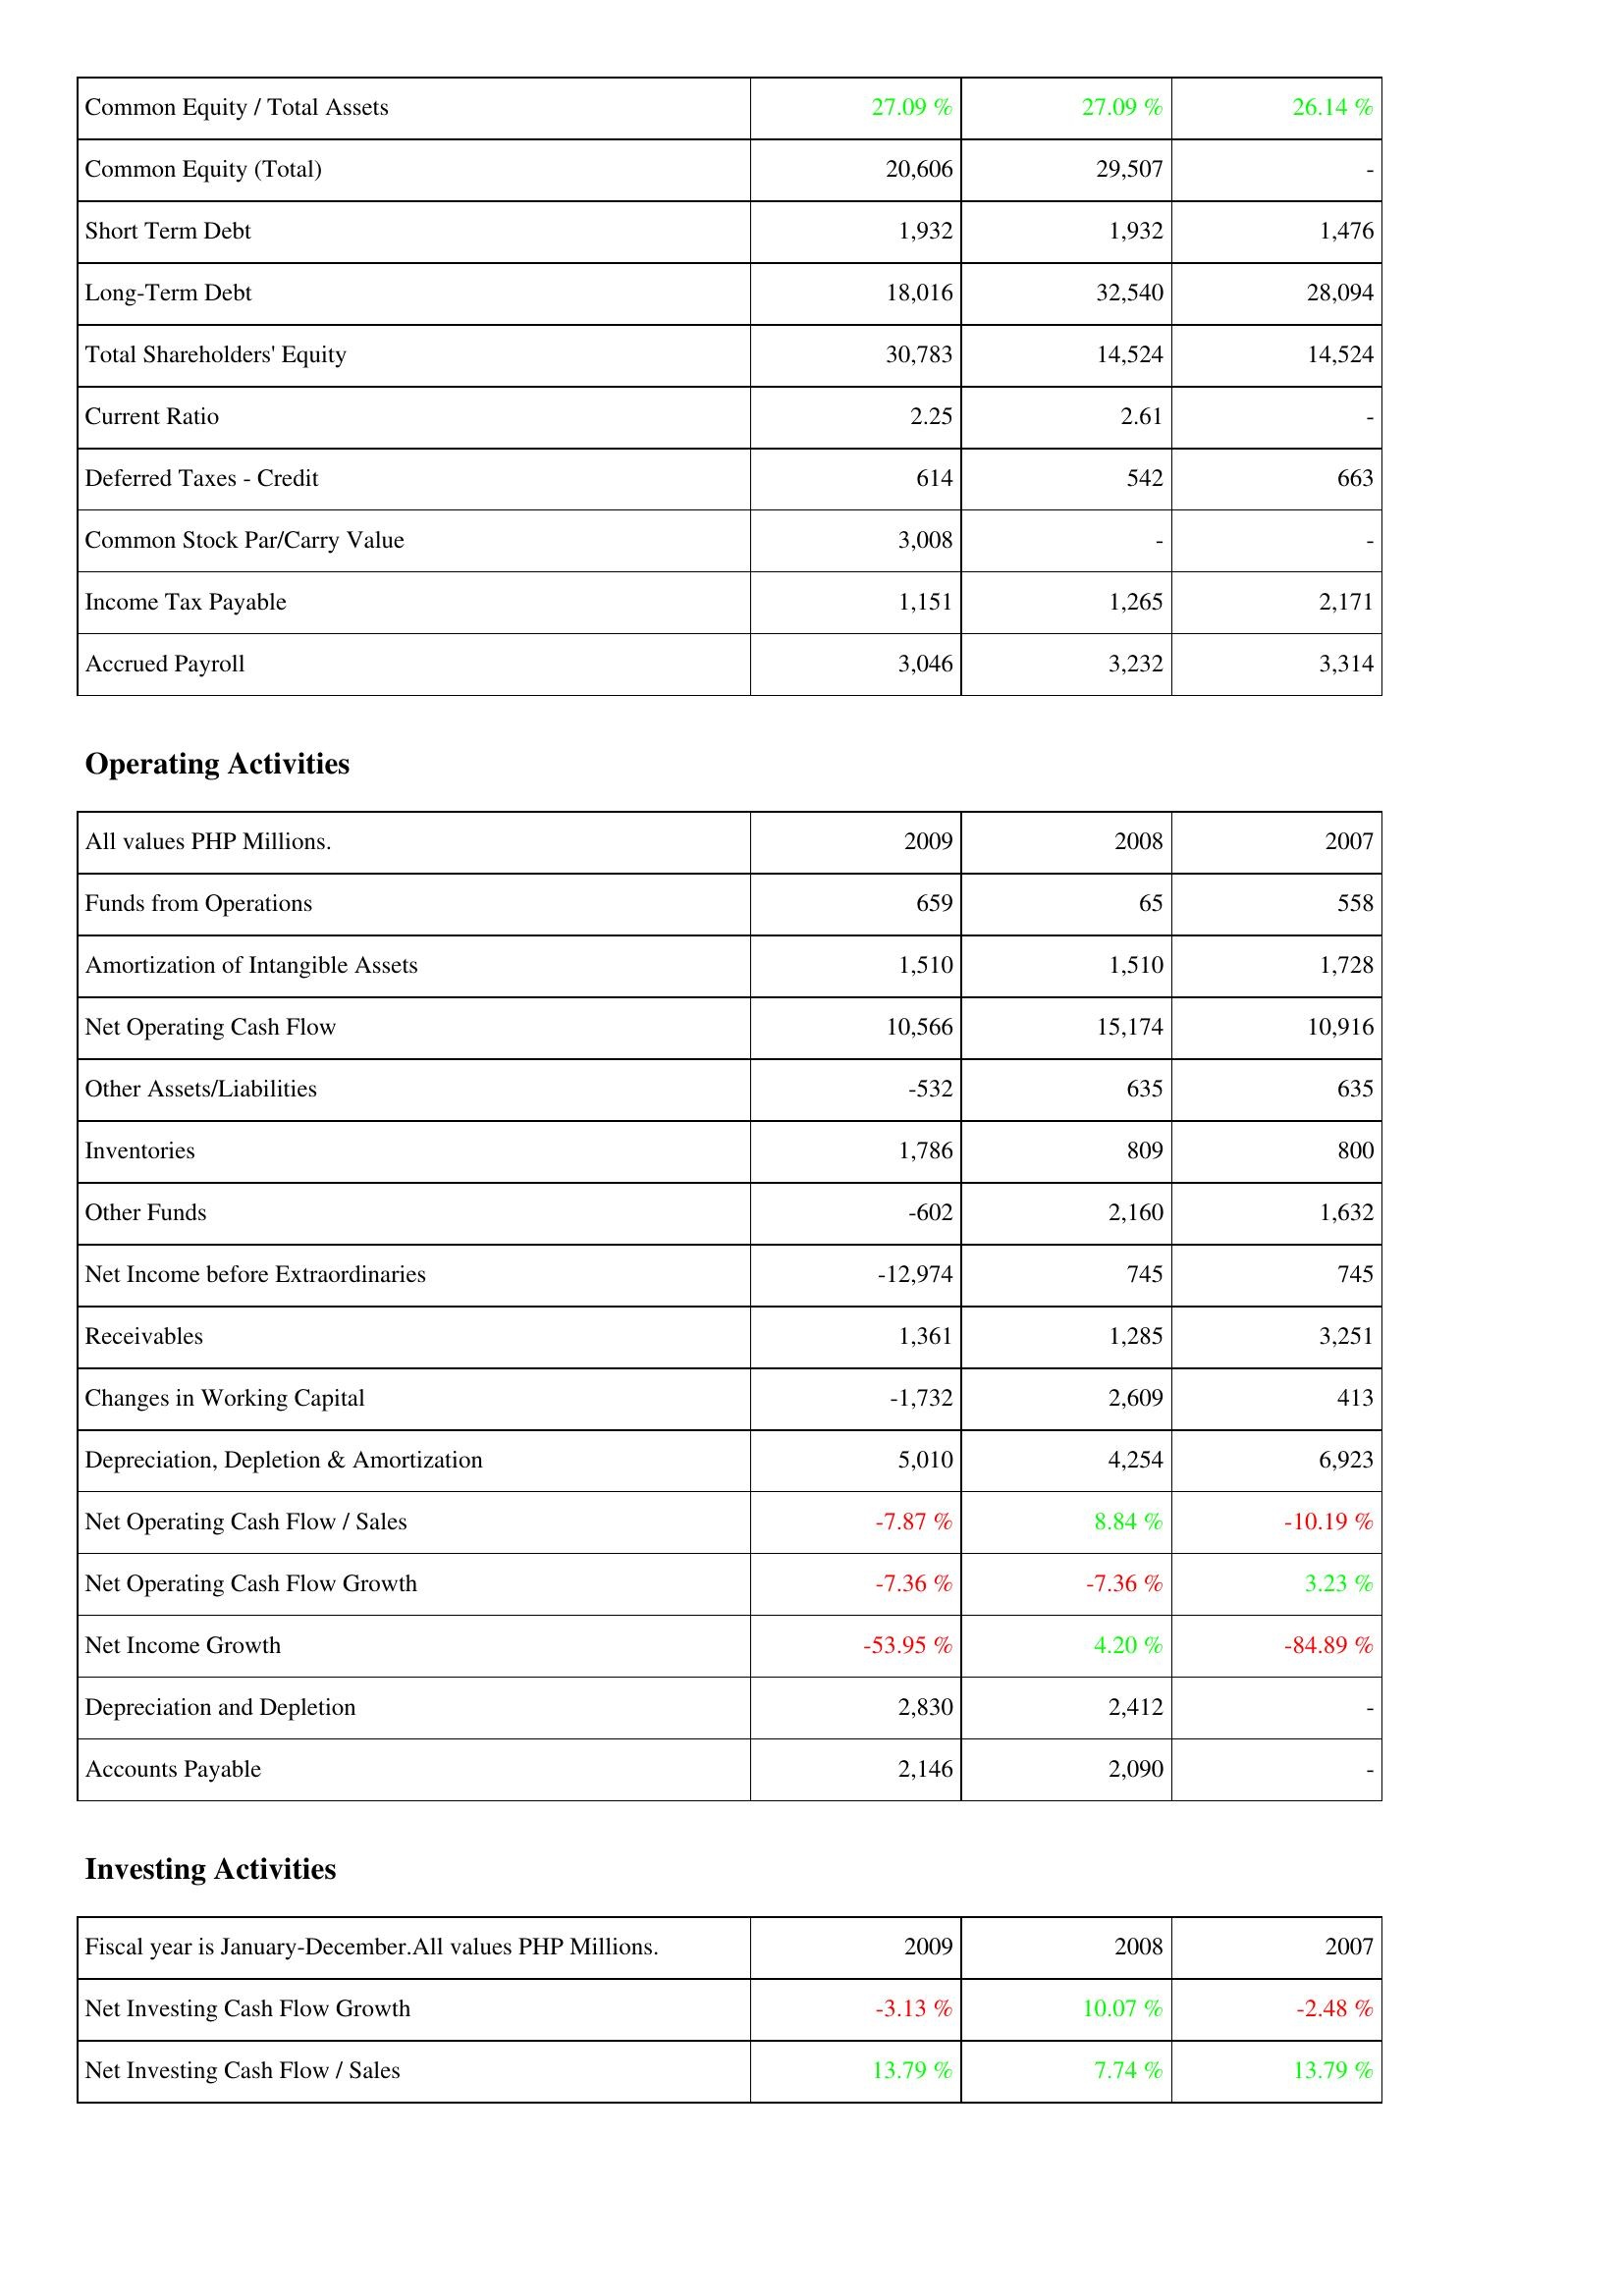
2009: Liabilities & Shareholders' Equity: Common Equity / Total Assets: 27.09 %
Common Equity (Total): 20,606
Short Term Debt: 1,932
Long-Term Debt: 18,016
Total Shareholders' Equity: 30,783
Current Ratio: 2.25
Deferred Taxes - Credit: 614
Common Stock Par/Carry Value: 3,008
Income Tax Payable: 1,151
Accrued Payroll: 3,046
Operating Activities: Funds from Operations: 659
Amortization of Intangible Assets: 1,510
Net Operating Cash Flow: 10,566
Other Assets/Liabilities: -532
Inventories: 1,786
Other Funds: -602
Net Income before Extraordinaries: -12,974
Receivables: 1,361
Changes in Working Capital: -1,732
Depreciation, Depletion & Amortization: 5,010
Net Operating Cash Flow / Sales: -7.87 %
Net Operating Cash Flow Growth: -7.36 %
Net Income Growth: -53.95 %
Depreciation and Depletion: 2,830
Accounts Payable: 2,146
Investing Activities: Net Investing Cash Flow Growth: -3.13 %
Net Investing Cash Flow / Sales: 13.79 %
2008: Liabilities & Shareholders' Equity: Common Equity / Total Assets: 27.09 %
Common Equity (Total): 29,507
Short Term Debt: 1,932
Long-Term Debt: 32,540
Total Shareholders' Equity: 14,524
Current Ratio: 2.61
Deferred Taxes - Credit: 542
Common Stock Par/Carry Value: -
Income Tax Payable: 1,265
Accrued Payroll: 3,232
Operating Activities: Funds from Operations: 65
Amortization of Intangible Assets: 1,510
Net Operating Cash Flow: 15,174
Other Assets/Liabilities: 635
Inventories: 809
Other Funds: 2,160
Net Income before Extraordinaries: 745
Receivables: 1,285
Changes in Working Capital: 2,609
Depreciation, Depletion & Amortization: 4,254
Net Operating Cash Flow / Sales: 8.84 %
Net Operating Cash Flow Growth: -7.36 %
Net Income Growth: 4.20 %
Depreciation and Depletion: 2,412
Accounts Payable: 2,090
Investing Activities: Net Investing Cash Flow Growth: 10.07 %
Net Investing Cash Flow / Sales: 7.74 %
2007: Liabilities & Shareholders' Equity: Common Equity / Total Assets: 26.14 %
Common Equity (Total): -
Short Term Debt: 1,476
Long-Term Debt: 28,094
Total Shareholders' Equity: 14,524
Current Ratio: -
Deferred Taxes - Credit: 663
Common Stock Par/Carry Value: -
Income Tax Payable: 2,171
Accrued Payroll: 3,314
Operating Activities: Funds from Operations: 558
Amortization of Intangible Assets: 1,728
Net Operating Cash Flow: 10,916
Other Assets/Liabilities: 635
Inventories: 800
Other Funds: 1,632
Net Income before Extraordinaries: 745
Receivables: 3,251
Changes in Working Capital: 413
Depreciation, Depletion & Amortization: 6,923
Net Operating Cash Flow / Sales: -10.19 %
Net Operating Cash Flow Growth: 3.23 %
Net Income Growth: -84.89 %
Depreciation and Depletion: -
Accounts Payable: -
Investing Activities: Net Investing Cash Flow Growth: -2.48 %
Net Investing Cash Flow / Sales: 13.79 %